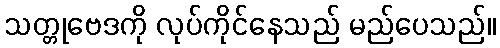
သတ္တုဗေဒကို လုပ်ကိုင်နေသည် မည်ပေသည်။